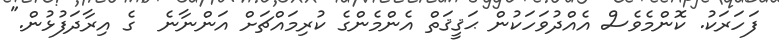
ފަހަރަކު. ކޮންމެވެސް އެއްދުވަހަކުން ޙަޤީޤަތް އެންމެންގެ ކުރިމައްޗަށް އަންނާނެ  ގެ އިރާދަފުޅުން."